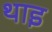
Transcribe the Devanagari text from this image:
थाइ